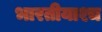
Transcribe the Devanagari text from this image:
भारतीयाश्च